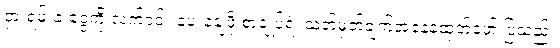
ငှားရမ်းခ ငွေကို လက်ငင်း ပေးချေဖို့ စာချုပ်ရဲ့ သတ်မှတ်ချက်အနေနဲ့ထုတ်ဖော် ပြသည်။